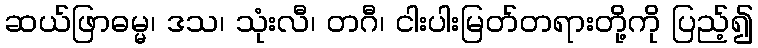
ဆယ်ဖြာဓမ္မ၊ ဒသ၊ သုံးလီ၊ တဂီ၊ ငါးပါးမြတ်တရားတို့ကို ပြည့်၍